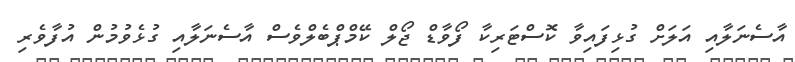
އާސެނަލާއި އަލަށް ގުޅިފައިވާ ކޮސްޓަރިކާ ފޯވާޑް ޖޯލް ކޭމްޕްބެލްވެސް އާސެނަލާއި ގުޅެވުމުން އުފާވެރި